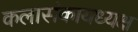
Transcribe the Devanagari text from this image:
कलासंकायध्यक्ष